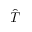
\hat { T }